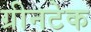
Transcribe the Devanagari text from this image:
ग्रीनटेक